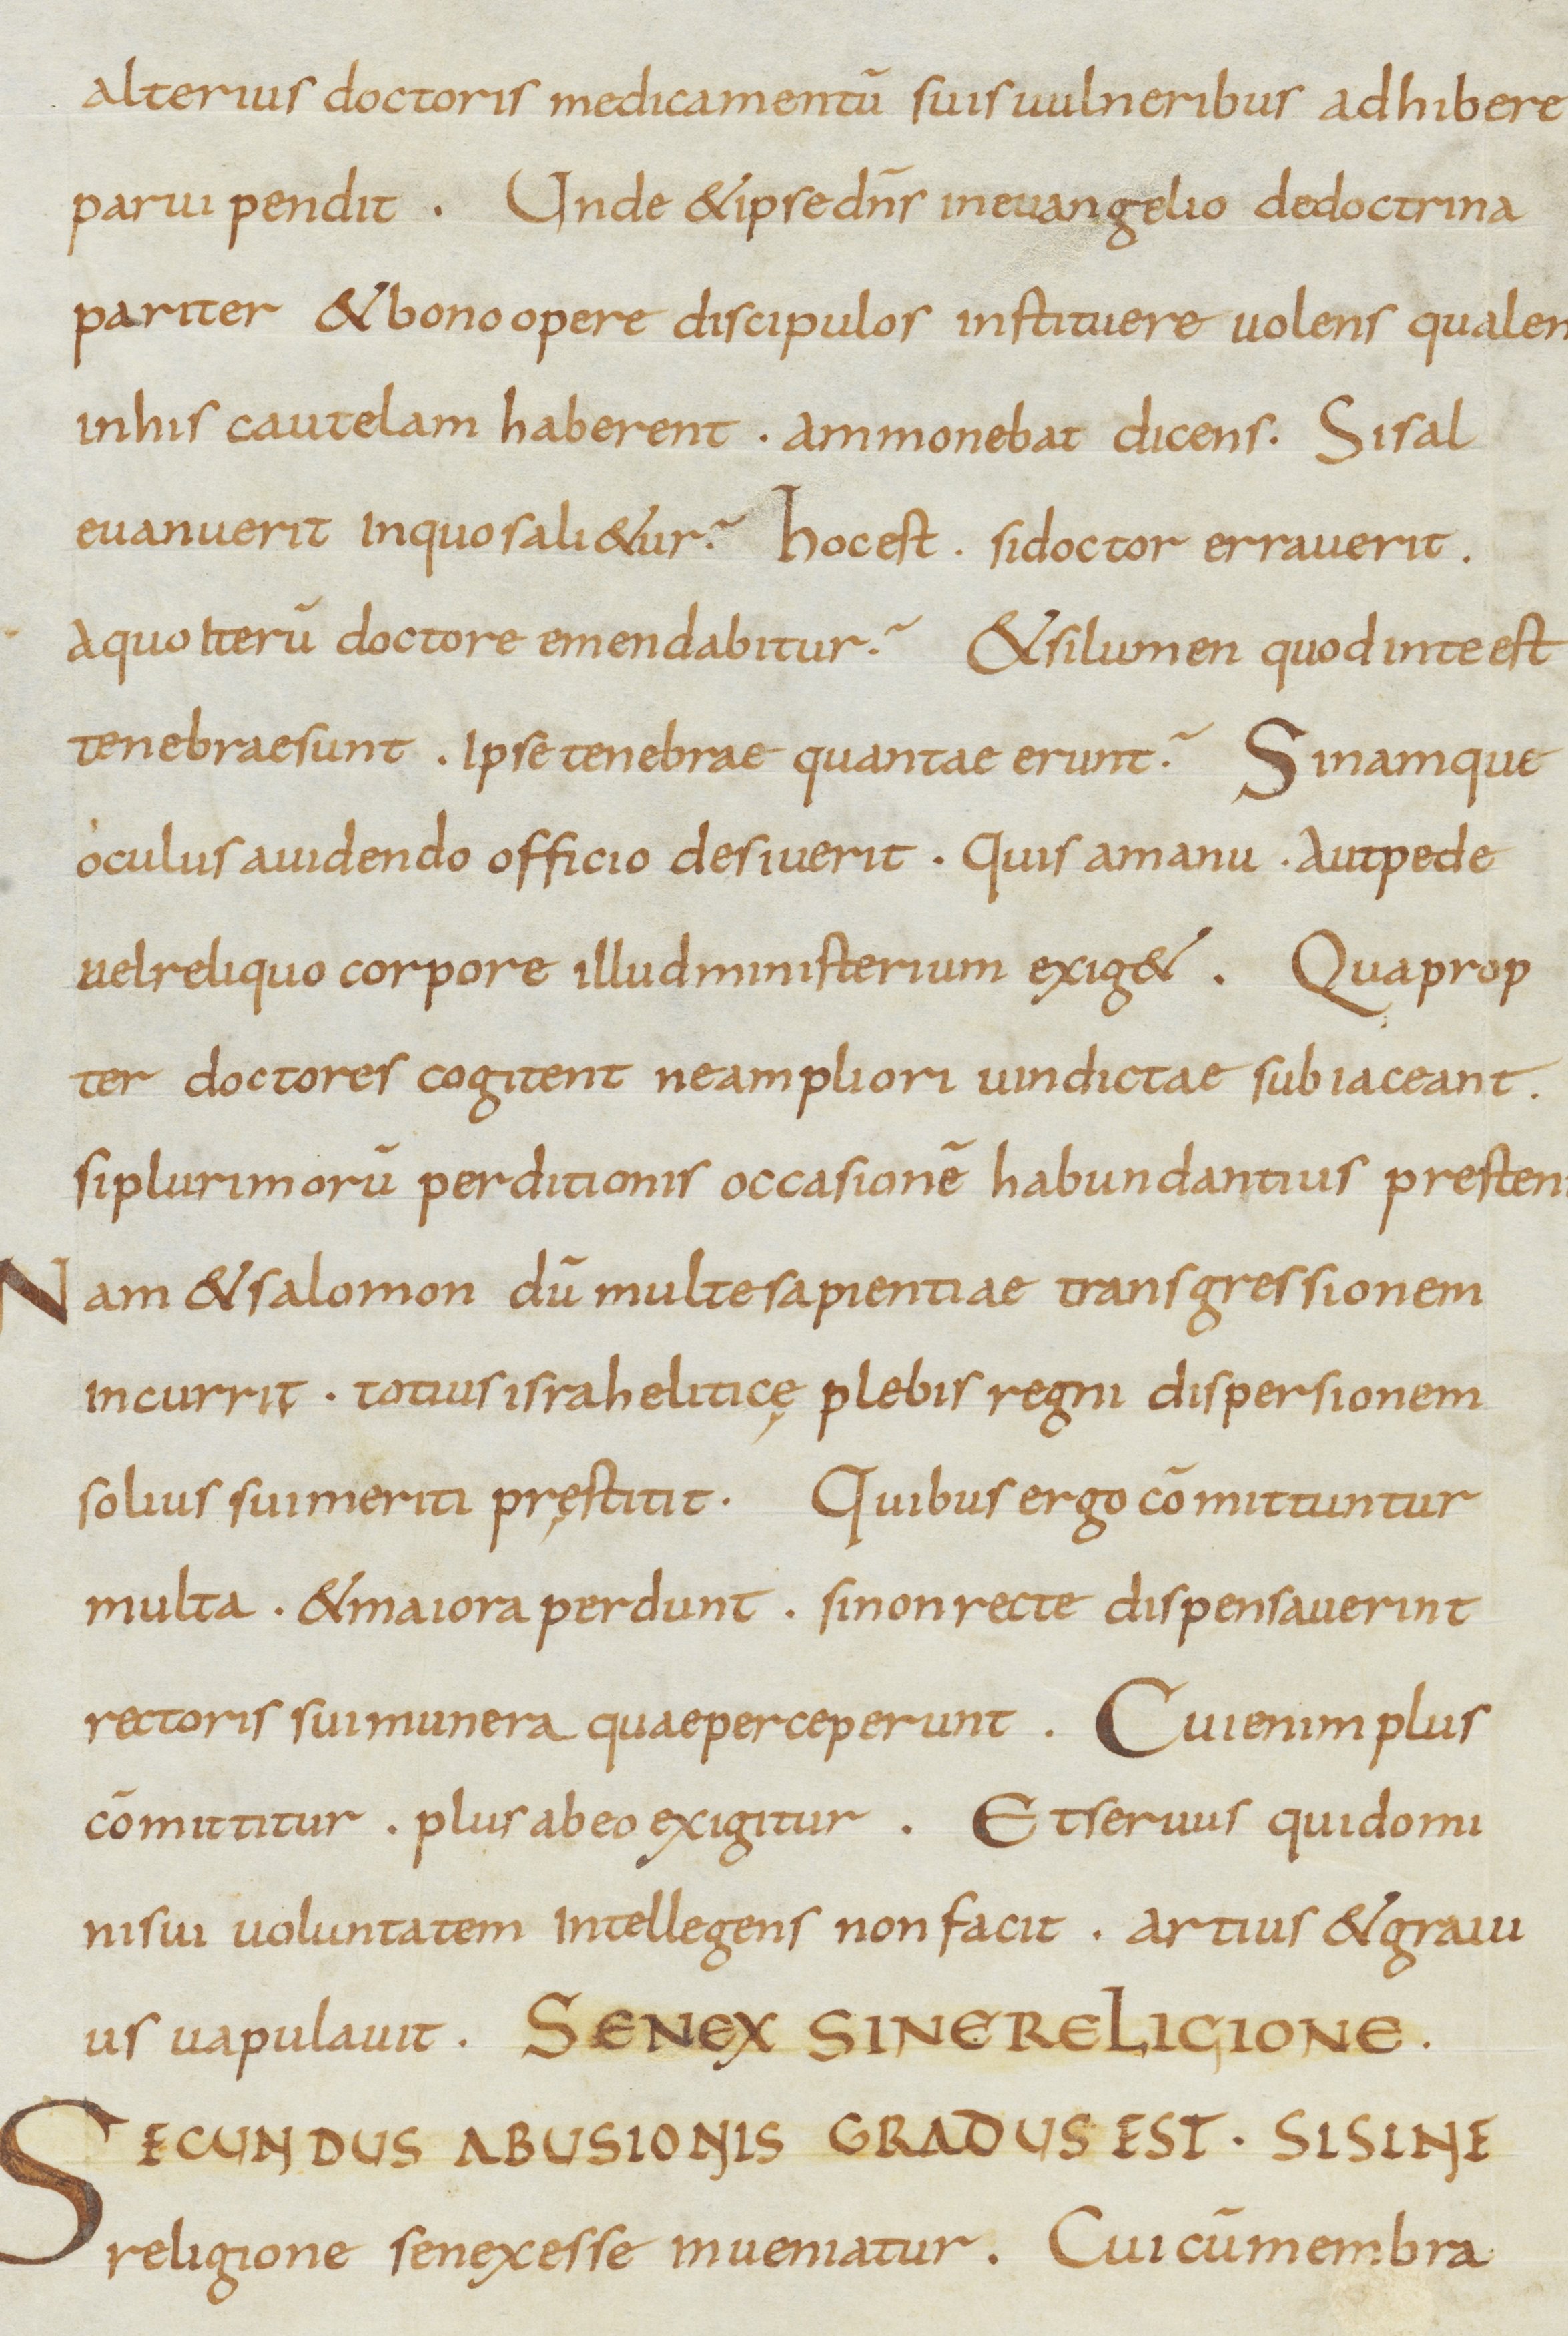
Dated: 800–899